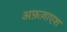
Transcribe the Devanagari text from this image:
अफ़ज़ाएश